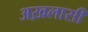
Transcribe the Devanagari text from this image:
अख़लासी